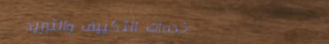
خدمات التكييف والتبريد